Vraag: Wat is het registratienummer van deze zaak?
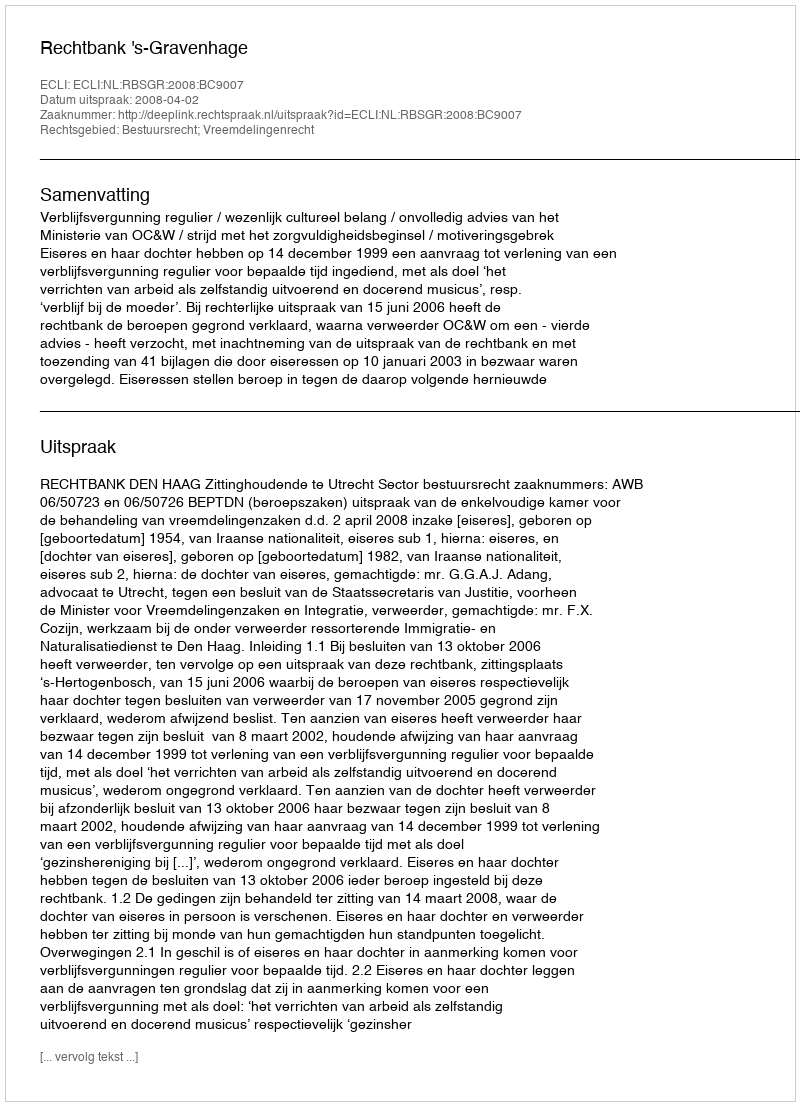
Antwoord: http://deeplink.rechtspraak.nl/uitspraak?id=ECLI:NL:RBSGR:2008:BC9007